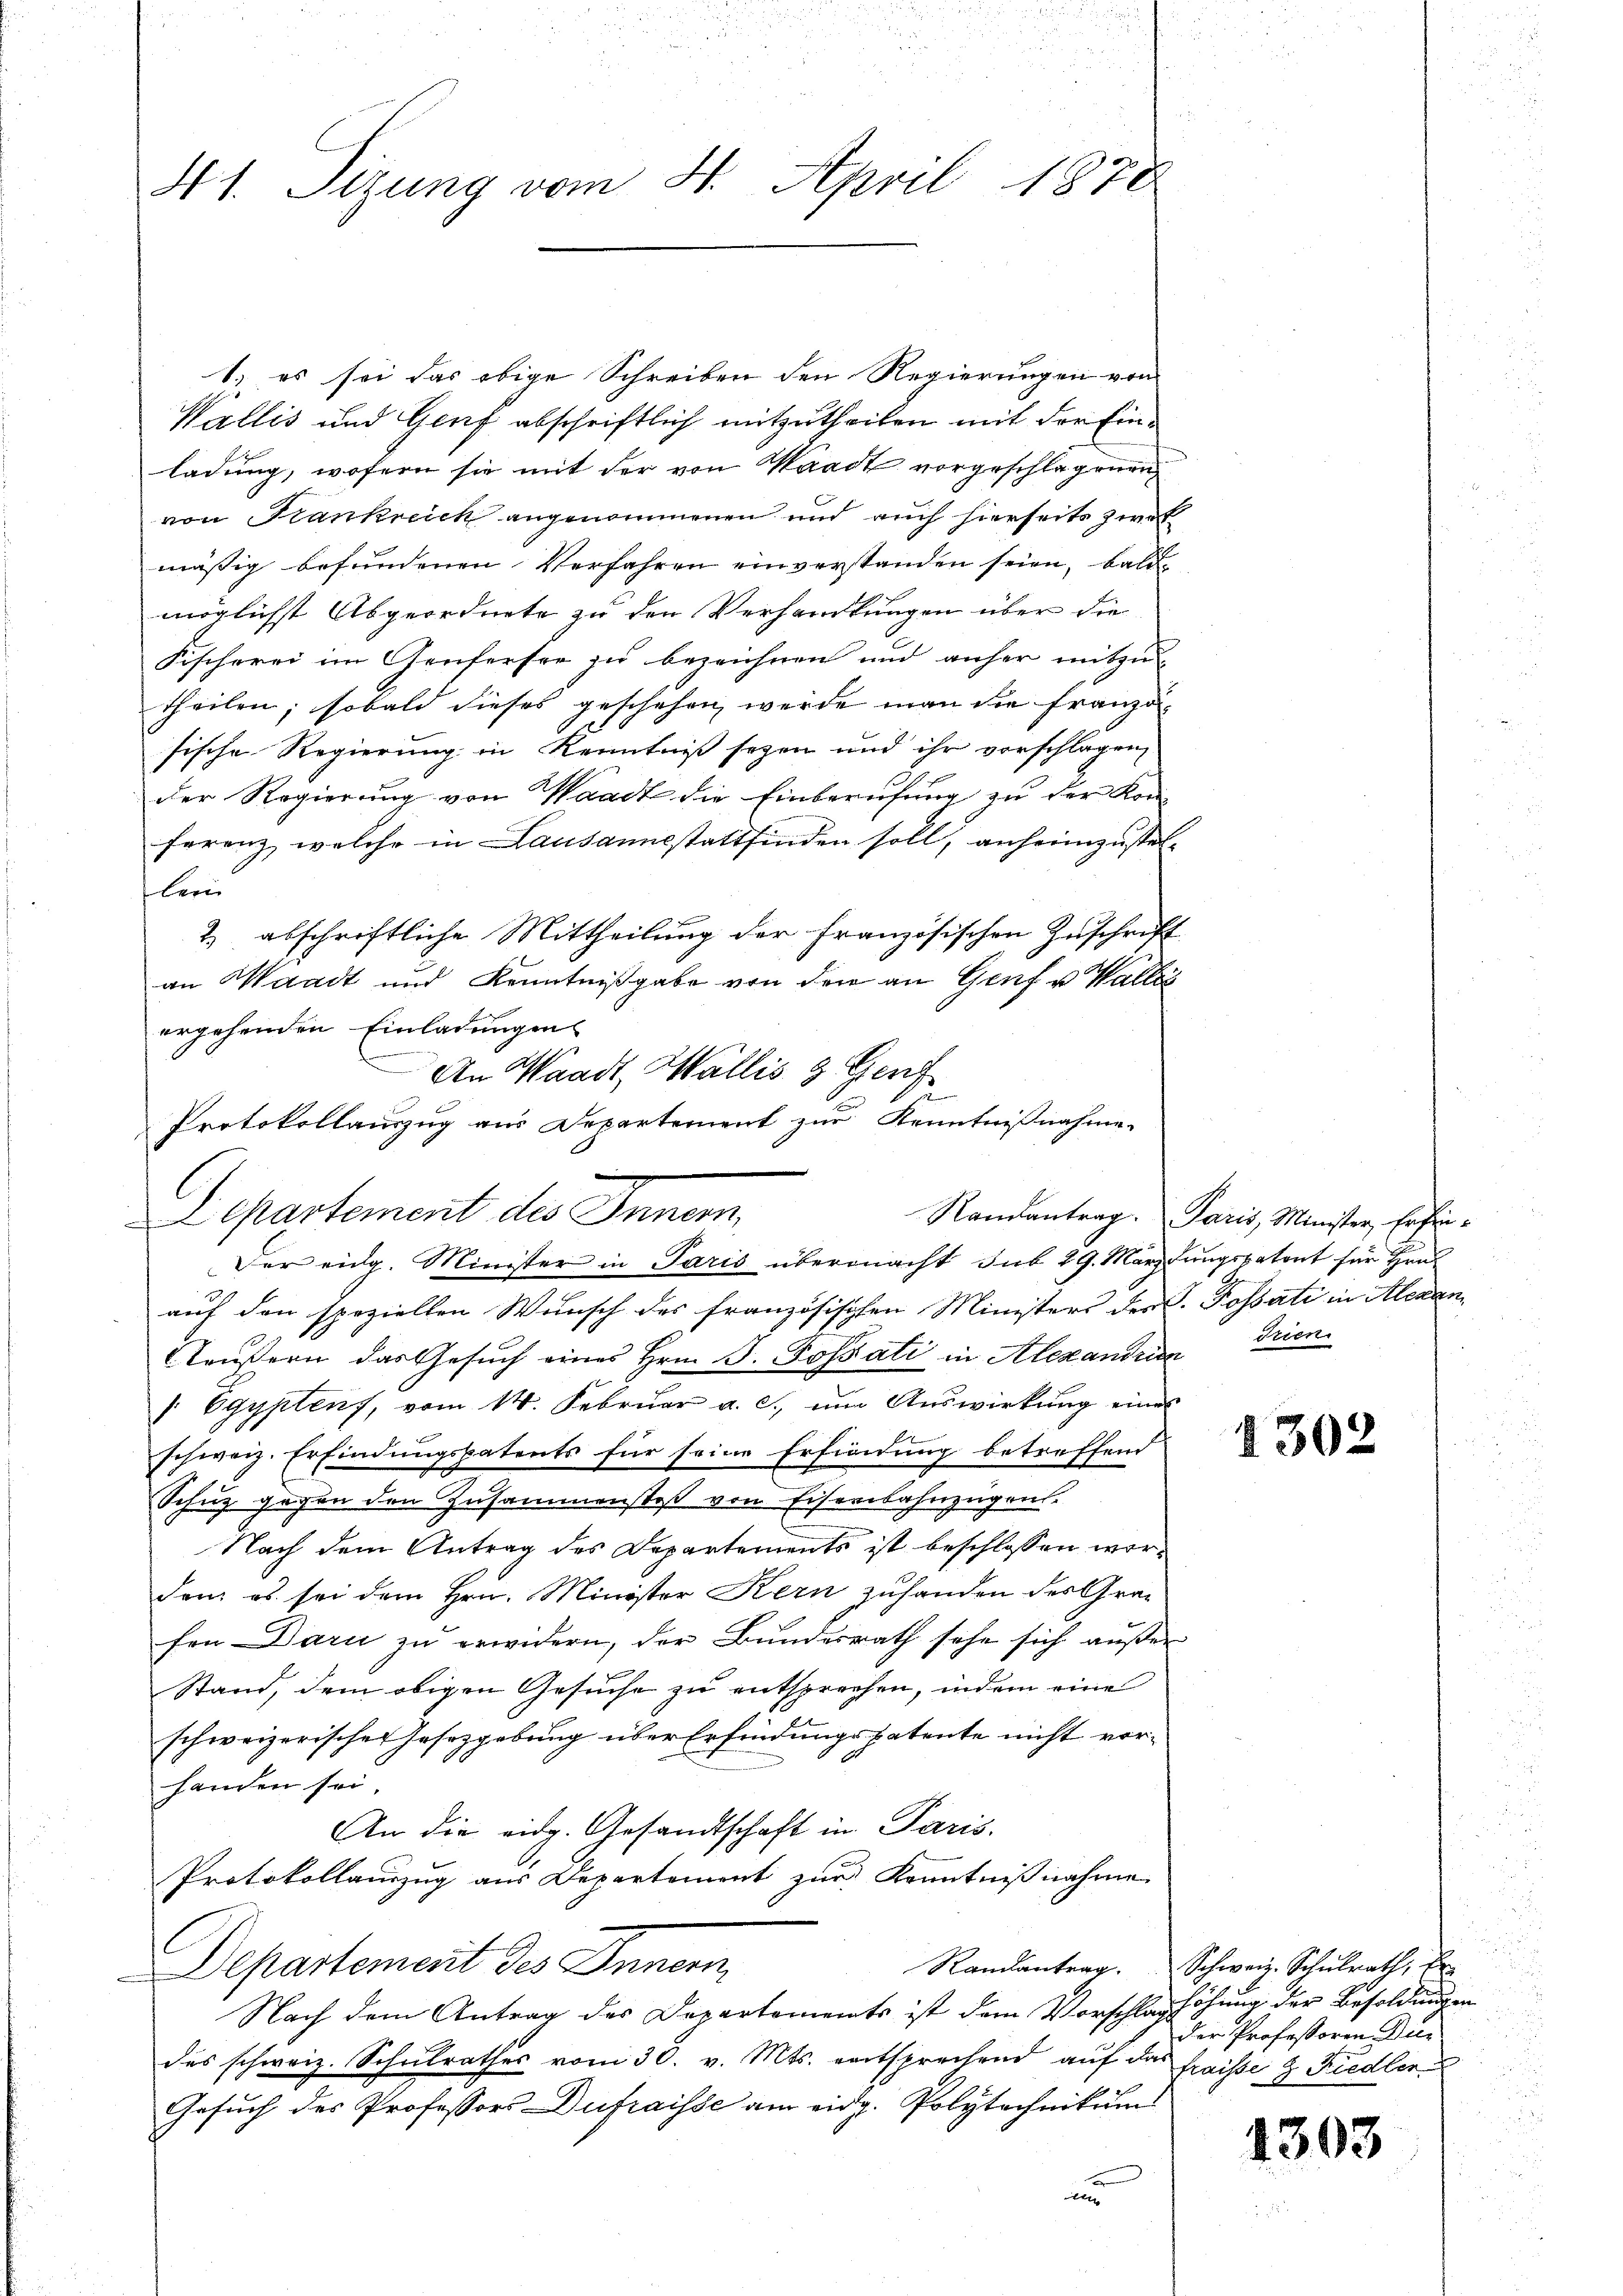
u
41. Sitzung vom 4. April 1878

1. es sei das obige Schreiben den Regierungen von
Wallis und Genf abschriftlich mitzutheilen mit der Einladung, wofern sie mit der von Waadt vorgeschlagenen
von Krankreich angenommenen und auch hierseits zweit
mäßig befundenen Verfahren einverstanden seien, baldmöglichst Abgeordnete zu den Verhandlungen über die
Fischerei im Genfersee zu bezeichnen und anher mitzu-
theilen; sobald dieses geschehen werde man die Französische Regierung in Kenntniß seyen und ihr vorschlagen
der Regierung von Waadt die Einberufung zu der Kon-
ferenz, welche in Lausannestattfinden soll, anheimzustellein
2.) abschriftliche Mittheilung der Französischen Zuschrift
an Waadt und Kenntnißgabe von den an Genf u. Wallis
ergehenden Einladungen
auf den speziellen Wunsch des französischen Ministers des P. Possati in Alexan¬
Aeußern das Gesuch eines Hrn. F. Possati in Alexanden Trien
" Egyptens, vom 14. Febrŭar a. c., ŭm Aŭswirkŭng eines
schweiz. Erfindungspatents für seine Erfindung betreffend
Schuz gegen den Zusammenstoß von Eisenbahnzügen.
Nach dem Antrag des Departements ist beschlossen werden, es sei dem Hrn. Minister Kern zuhanden des Grafen Dari zu erwidern, der Bundesrath sehe sich außer
Stand, dem obigen Gesuche zu entsprechen, indem eine
schweizerischen Jasezgebung über Erfindungspatente nicht vor-
handen sei.
An die eidg. Gesandtschaft in Paris.
Protokollanzzug aus Departement zur Kenntnißnahme
Departement des Innern
Nach dem Antrag des Departements ist dem Vorschlaghöhung der Besoldungen
des schweiz. Schulrathes vom 30. v. Mts. entsprechend auf das fraisse & Riedler
Gesuch des Professors Dufraisse am eidg. Polytechnikums
n

C

An Waadt, Wallis & Genf
.
Protokollauszug aus Departement zur Kenntnißnahme.
Departement des Inner
Der eidg. Minister in Paris übermacht sub 29. März dungspatent für Hrn.

Ramantrag. Paris, Minister, Erfin¬

1302

Randantrag. Schweiz. Schulrath, Er
der Professoren Dir

4303